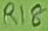
Text: R18